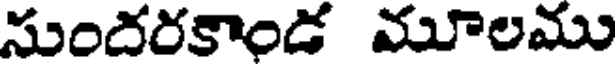
సుందరకాండ మూలము